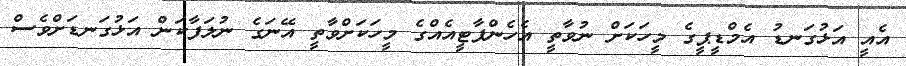
އެއީ އަޅުގަނޑު އެމްޑީޕީގެ މީހަކަށް ނުވާތީ އެހެންޕާޓީއެއްގެ މީހަކަށްވާތީ އޭނަގެ ނުލަފާކަން އަޅުގަނޑަށްވެސް